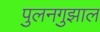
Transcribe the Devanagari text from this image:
पुलनगुझाल